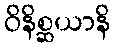
ဝိနိစ္ဆယာနိ